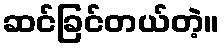
ဆင်ခြင်တယ်တဲ့။